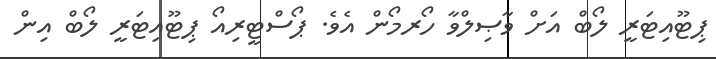
ޕިޓޫއިޓަރީ ލޯބް އަށް ވާޞިލްވާ ހޯރމޯން އެވެ. ޕޯސްޓީރިއޯ ޕިޓޫއިޓަރީ ލޯބް އިން